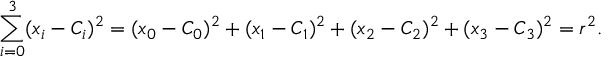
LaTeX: \sum _ { i = 0 } ^ { 3 } ( x _ { i } - C _ { i } ) ^ { 2 } = ( x _ { 0 } - C _ { 0 } ) ^ { 2 } + ( x _ { 1 } - C _ { 1 } ) ^ { 2 } + ( x _ { 2 } - C _ { 2 } ) ^ { 2 } + ( x _ { 3 } - C _ { 3 } ) ^ { 2 } = r ^ { 2 } .